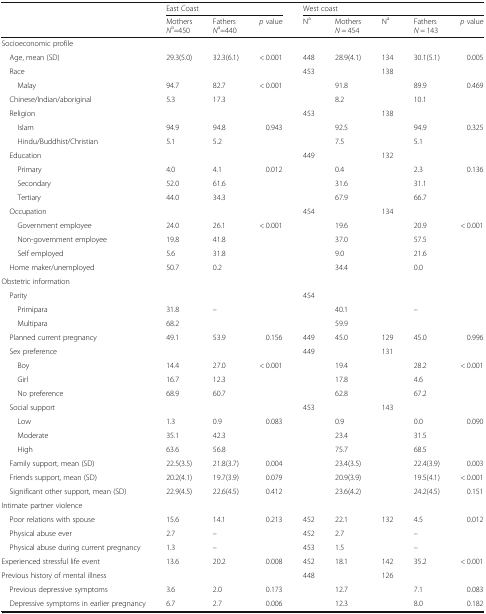
<table><thead><tr><td rowspan="2"></td><td colspan="3"><b>East Coast</b></td><td colspan="5"><b>West coast</b></td></tr><tr><td><b>Mothers<i>N</i><sup>a</sup>=450</b></td><td><b>Fathers<i>N</i><sup>a</sup>=440</b></td><td><b><i>p</i> value</b></td><td><b>N<sup>a</sup></b></td><td><b>Mothers<i>N</i> = 454</b></td><td><b>N<sup>a</sup></b></td><td><b>Fathers<i>N</i> = 143</b></td><td><b><i>p</i> value</b></td></tr></thead><tbody><tr><td colspan="9">Socioeconomic profile</td></tr><tr><td> Age, mean (SD)</td><td>29.3(5.0)</td><td>32.3(6.1)</td><td>&lt; 0.001</td><td>448</td><td>28.9(4.1)</td><td>134</td><td>30.1(5.1)</td><td>0.005</td></tr><tr><td> Race</td><td></td><td></td><td></td><td>453</td><td></td><td>138</td><td></td><td></td></tr><tr><td>Malay</td><td>94.7</td><td>82.7</td><td>&lt; 0.001</td><td></td><td>91.8</td><td></td><td>89.9</td><td>0.469</td></tr><tr><td> Chinese/Indian/aboriginal</td><td>5.3</td><td>17.3</td><td></td><td></td><td>8.2</td><td></td><td>10.1</td><td></td></tr><tr><td> Religion</td><td></td><td></td><td></td><td>453</td><td></td><td>138</td><td></td><td></td></tr><tr><td>Islam</td><td>94.9</td><td>94.8</td><td>0.943</td><td></td><td>92.5</td><td></td><td>94.9</td><td>0.325</td></tr><tr><td>Hindu/Buddhist/Christian</td><td>5.1</td><td>5.2</td><td></td><td></td><td>7.5</td><td></td><td>5.1</td><td></td></tr><tr><td> Education</td><td></td><td></td><td></td><td>449</td><td></td><td>132</td><td></td><td></td></tr><tr><td>Primary</td><td>4.0</td><td>4.1</td><td>0.012</td><td></td><td>0.4</td><td></td><td>2.3</td><td>0.136</td></tr><tr><td>Secondary</td><td>52.0</td><td>61.6</td><td></td><td></td><td>31.6</td><td></td><td>31.1</td><td></td></tr><tr><td>Tertiary</td><td>44.0</td><td>34.3</td><td></td><td></td><td>67.9</td><td></td><td>66.7</td><td></td></tr><tr><td> Occupation</td><td></td><td></td><td></td><td>454</td><td></td><td>134</td><td></td><td></td></tr><tr><td>Government employee</td><td>24.0</td><td>26.1</td><td>&lt; 0.001</td><td></td><td>19.6</td><td></td><td>20.9</td><td>&lt; 0.001</td></tr><tr><td>Non-government employee</td><td>19.8</td><td>41.8</td><td></td><td></td><td>37.0</td><td></td><td>57.5</td><td></td></tr><tr><td>Self employed</td><td>5.6</td><td>31.8</td><td></td><td></td><td>9.0</td><td></td><td>21.6</td><td></td></tr><tr><td> Home maker/unemployed</td><td>50.7</td><td>0.2</td><td></td><td></td><td>34.4</td><td></td><td>0.0</td><td></td></tr><tr><td colspan="9">Obstetric information</td></tr><tr><td> Parity</td><td></td><td></td><td></td><td>454</td><td></td><td></td><td></td><td></td></tr><tr><td>Primipara</td><td>31.8</td><td>–</td><td></td><td></td><td>40.1</td><td></td><td>–</td><td></td></tr><tr><td>Multipara</td><td>68.2</td><td></td><td></td><td></td><td>59.9</td><td></td><td></td><td></td></tr><tr><td> Planned current pregnancy</td><td>49.1</td><td>53.9</td><td>0.156</td><td>449</td><td>45.0</td><td>129</td><td>45.0</td><td>0.996</td></tr><tr><td> Sex preference</td><td></td><td></td><td></td><td>449</td><td></td><td>131</td><td></td><td></td></tr><tr><td>Boy</td><td>14.4</td><td>27.0</td><td>&lt; 0.001</td><td></td><td>19.4</td><td></td><td>28.2</td><td>&lt; 0.001</td></tr><tr><td>Girl</td><td>16.7</td><td>12.3</td><td></td><td></td><td>17.8</td><td></td><td>4.6</td><td></td></tr><tr><td>No preference</td><td>68.9</td><td>60.7</td><td></td><td></td><td>62.8</td><td></td><td>67.2</td><td></td></tr><tr><td> Social support</td><td></td><td></td><td></td><td>453</td><td></td><td>143</td><td></td><td></td></tr><tr><td>Low</td><td>1.3</td><td>0.9</td><td>0.083</td><td></td><td>0.9</td><td></td><td>0.0</td><td>0.090</td></tr><tr><td>Moderate</td><td>35.1</td><td>42.3</td><td></td><td></td><td>23.4</td><td></td><td>31.5</td><td></td></tr><tr><td>High</td><td>63.6</td><td>56.8</td><td></td><td></td><td>75.7</td><td></td><td>68.5</td><td></td></tr><tr><td> Family support, mean (SD)</td><td>22.5(3.5)</td><td>21.8(3.7)</td><td>0.004</td><td></td><td>23.4(3.5)</td><td></td><td>22.4(3.9)</td><td>0.003</td></tr><tr><td> Friends support, mean (SD)</td><td>20.2(4.1)</td><td>19.7(3.9)</td><td>0.079</td><td></td><td>20.9(3.9)</td><td></td><td>19.5(4.1)</td><td>&lt; 0.001</td></tr><tr><td> Significant other support, mean (SD)</td><td>22.9(4.5)</td><td>22.6(4.5)</td><td>0.412</td><td></td><td>23.6(4.2)</td><td></td><td>24.2(4.5)</td><td>0.151</td></tr><tr><td colspan="9">Intimate partner violence</td></tr><tr><td> Poor relations with spouse</td><td>15.6</td><td>14.1</td><td>0.213</td><td>452</td><td>22.1</td><td>132</td><td>4.5</td><td>0.012</td></tr><tr><td> Physical abuse ever</td><td>2.7</td><td>–</td><td></td><td>452</td><td>2.7</td><td></td><td>–</td><td></td></tr><tr><td> Physical abuse during current pregnancy</td><td>1.3</td><td>–</td><td></td><td>453</td><td>1.5</td><td></td><td>–</td><td></td></tr><tr><td>Experienced stressful life event</td><td>13.6</td><td>20.2</td><td>0.008</td><td>452</td><td>18.1</td><td>142</td><td>35.2</td><td>&lt; 0.001</td></tr><tr><td>Previous history of mental illness</td><td></td><td></td><td></td><td>448</td><td></td><td>126</td><td></td><td></td></tr><tr><td> Previous depressive symptoms</td><td>3.6</td><td>2.0</td><td>0.173</td><td></td><td>12.7</td><td></td><td>7.1</td><td>0.083</td></tr><tr><td> Depressive symptoms in earlier pregnancy</td><td>6.7</td><td>2.7</td><td>0.006</td><td></td><td>12.3</td><td></td><td>8.0</td><td>0.182</td></tr></tbody></table>